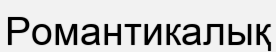
Романтикалық